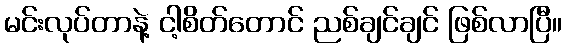
မင်းလုပ်တာနဲ့ ငါ့စိတ်တောင် ညစ်ချင်ချင် ဖြစ်လာပြီ။